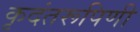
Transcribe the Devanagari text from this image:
कृदंतरूपिणी